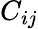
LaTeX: C_{ij}